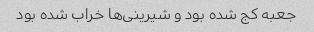
جعبه کج شده بود و شیرینی‌ها خراب شده بود